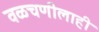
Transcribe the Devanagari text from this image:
वळचणीलाही